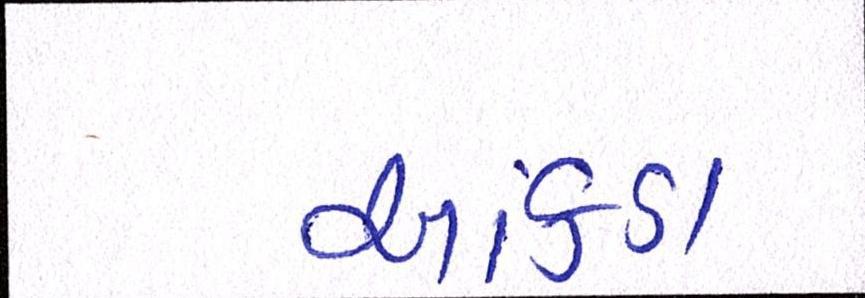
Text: આંકડા